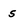
Character: s